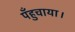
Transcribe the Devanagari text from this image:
पँहुचाया।